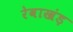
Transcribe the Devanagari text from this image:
रेवाखंड़